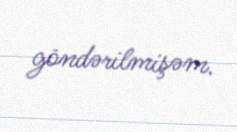
göndərilmişəm.